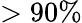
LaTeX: >90\%